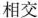
相交